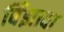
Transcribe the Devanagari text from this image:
बिँझावा